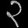
Digit: ၃